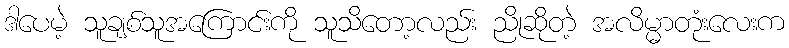
ဒါပေမဲ့ သူချစ်သူအကြောင်းကို သူသိတော့လည်း ညိုဆိုတဲ့ အလိမ္မာတုံးလေးက